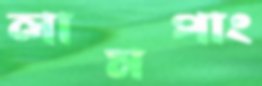
লামপাং